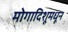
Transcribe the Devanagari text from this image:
मोगादिशूमधून